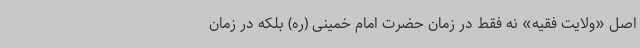
اصل «ولایت فقیه» نه فقط در زمان حضرت امام خمینی (ره) بلکه در زمان